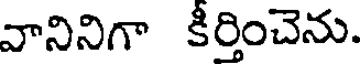
వానినిగా కీర్తించెను.